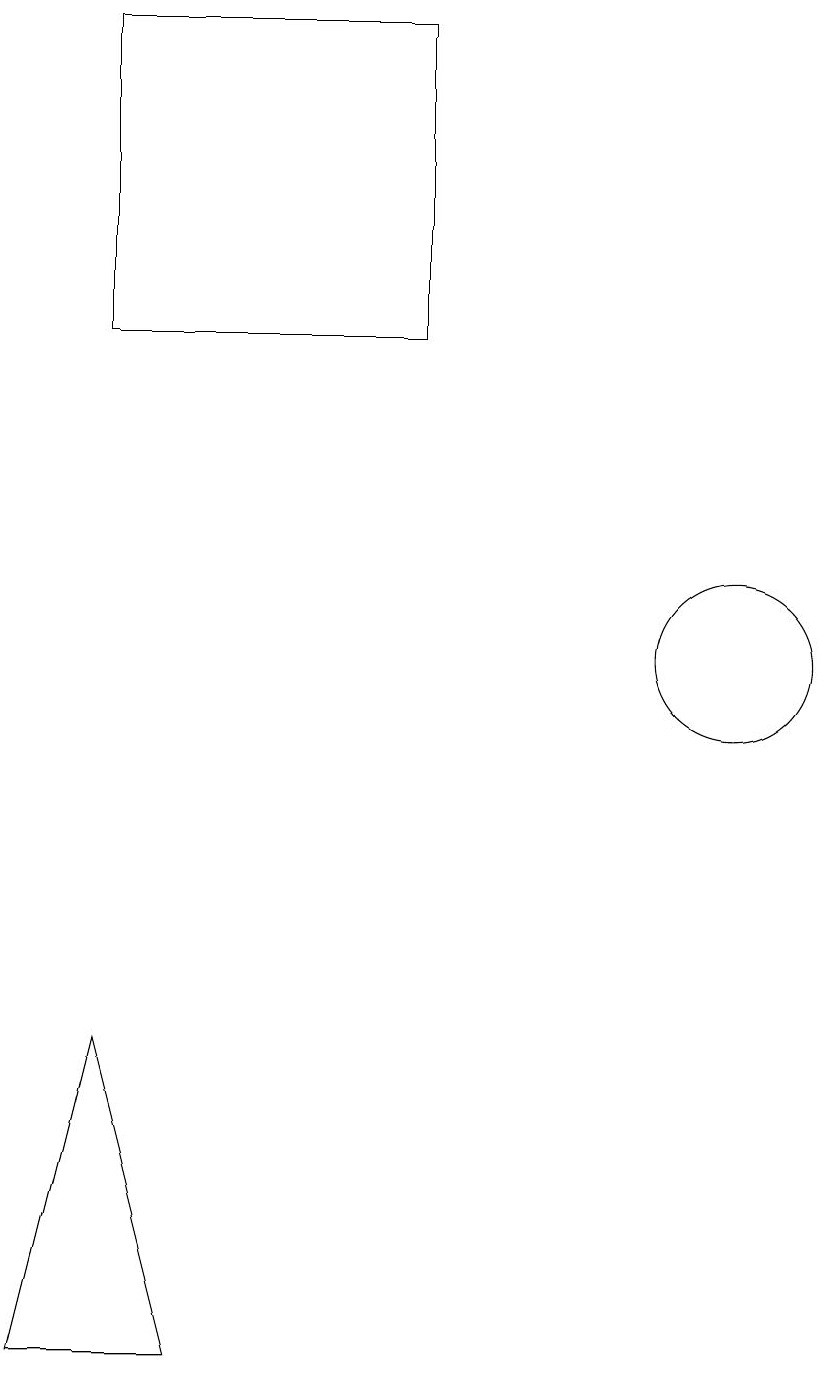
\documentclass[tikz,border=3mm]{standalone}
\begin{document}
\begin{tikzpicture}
\draw (4,19) rectangle (8,15);
\draw (12,11) circle (1);
\draw (4,6) -- (3,2) -- (5,2) -- cycle;
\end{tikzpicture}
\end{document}